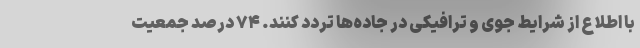
با اطلاع از شرایط جوی و ترافیکی در جاده‌ها تردد کنند. ۷۴ درصد جمعیت